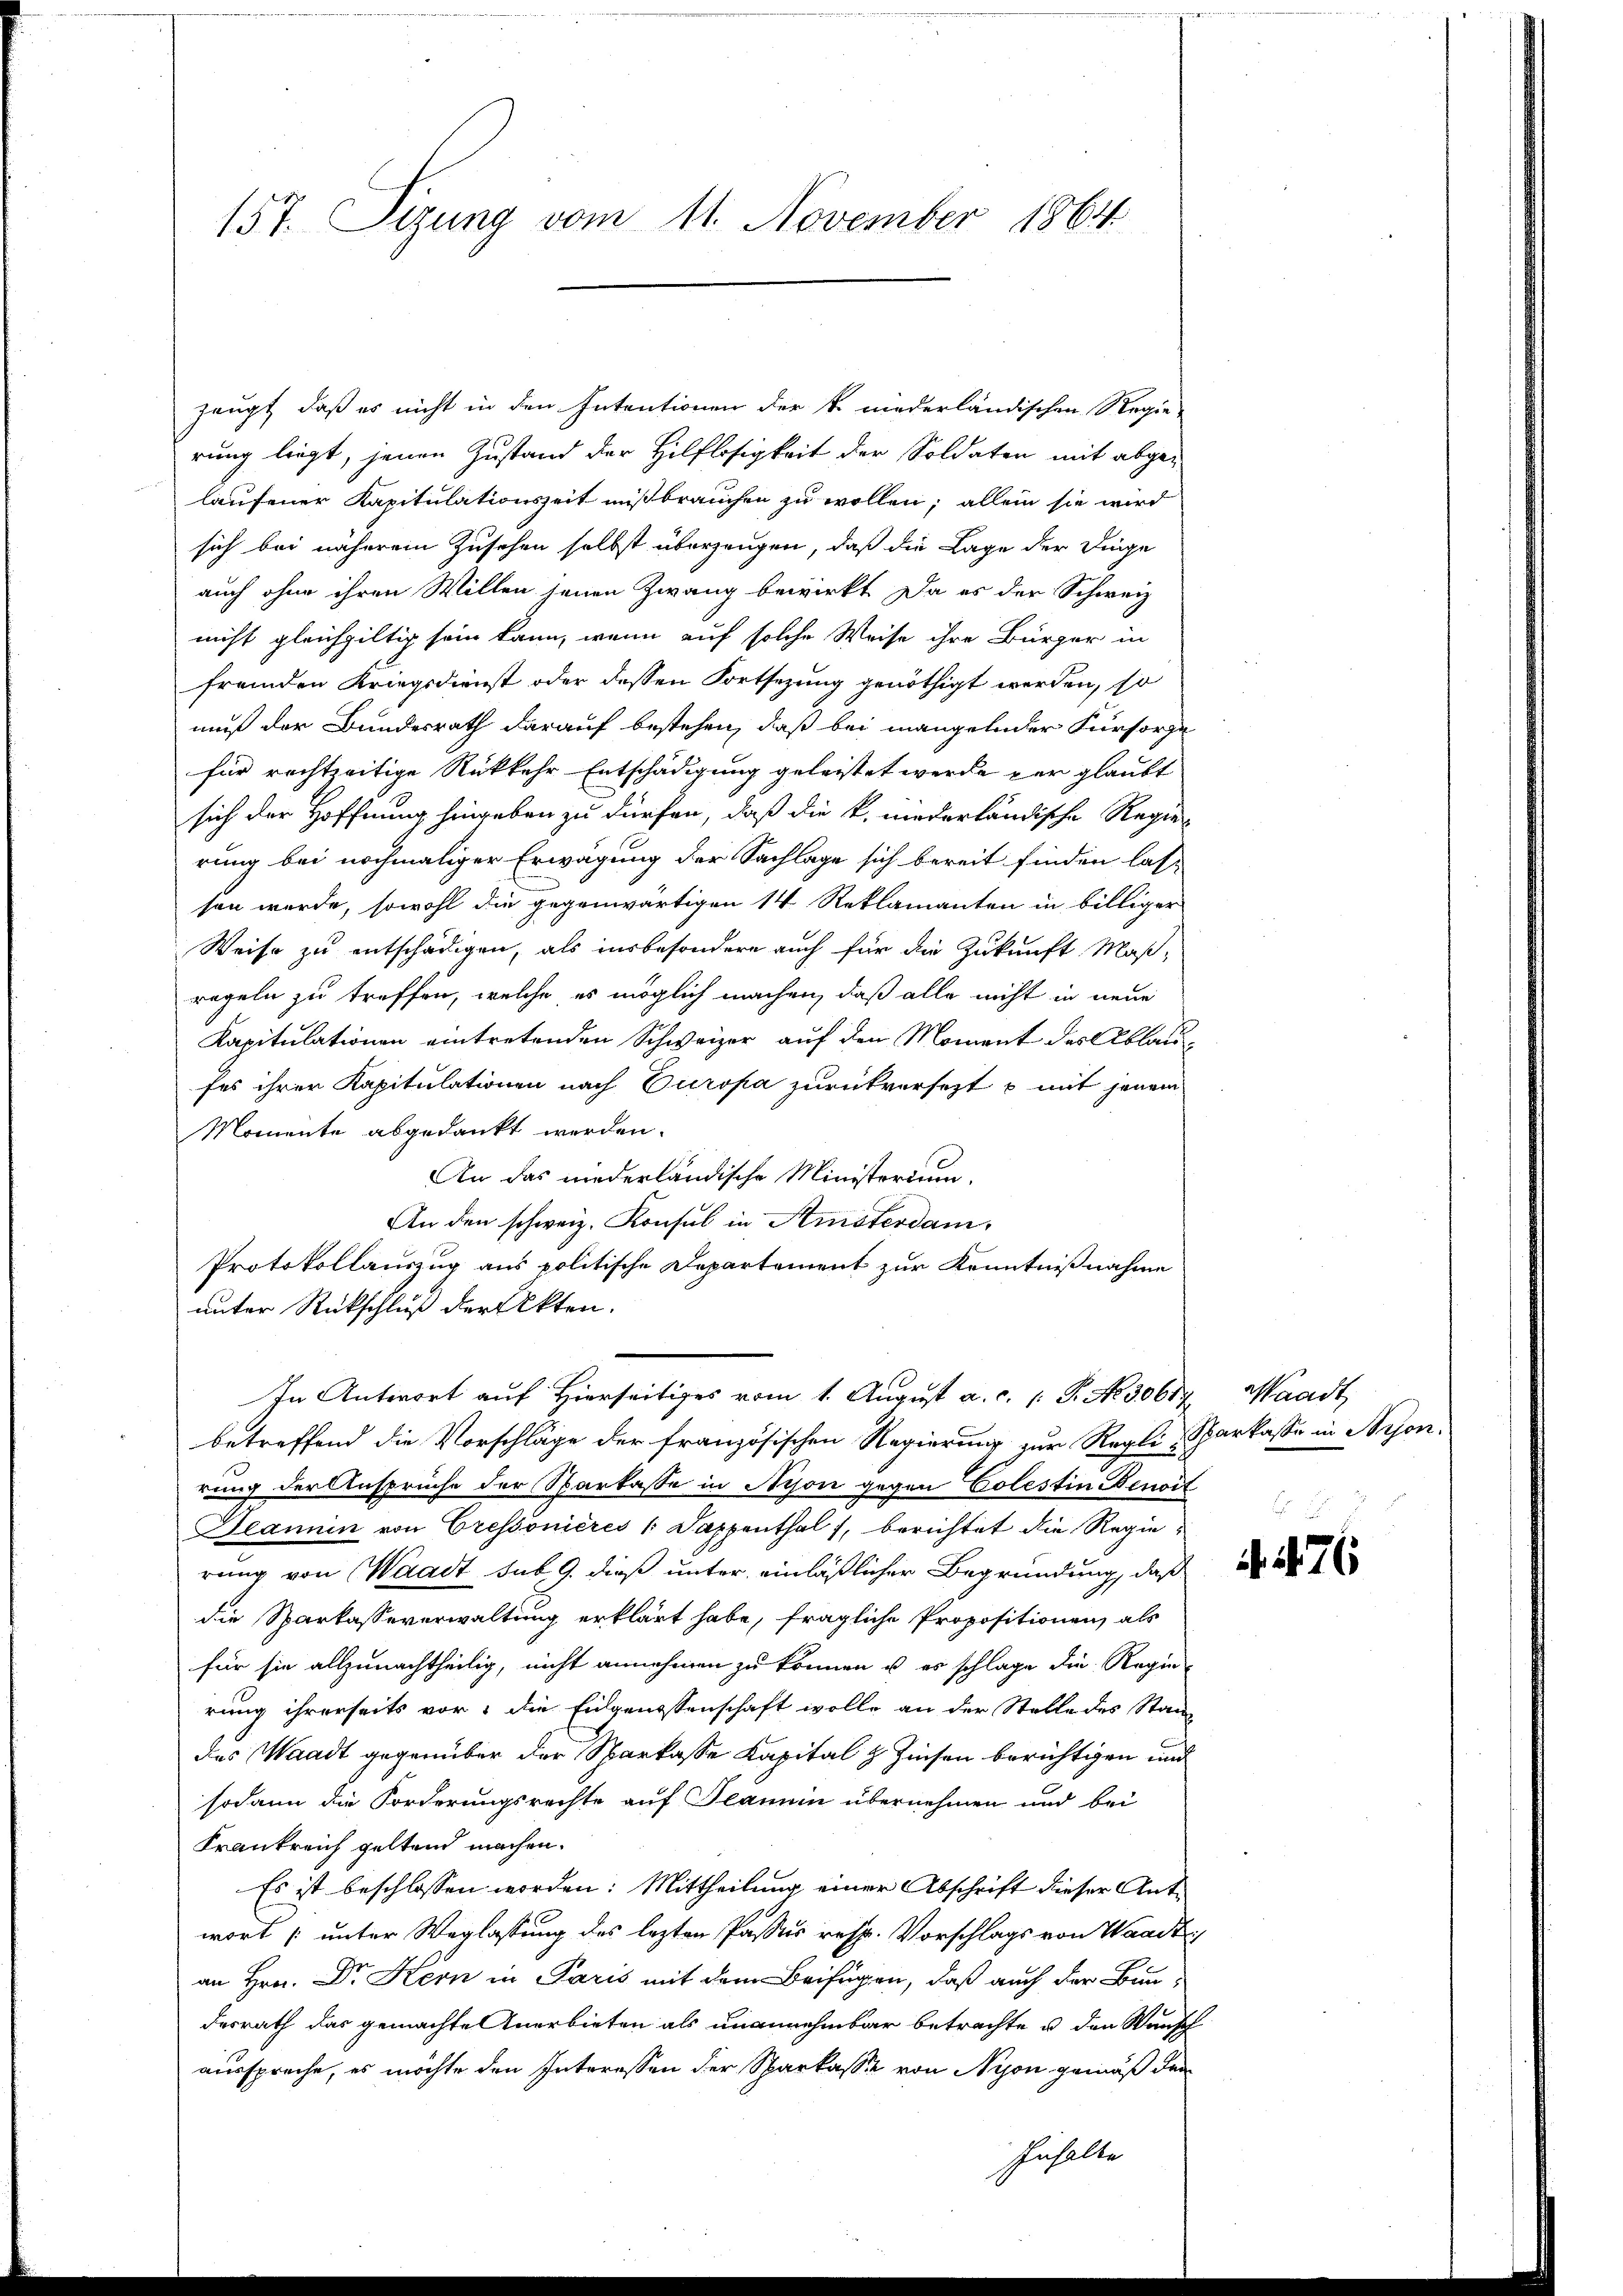
157. Sigung vom 11. November 1864.

zeugt, daß es nicht in den Intentionen der k. niederländischen Regie-
rung liegt, jenen Zustand der Hilflosigkeit der Soldaten mit abgelaufener Kapitulationszeit mißbrauchen zu wollen; allein sie wird
sich bei näherem Zusehen selbst überzeugen, daß die Lage der Dinge
auch ohne ihren Willen jenen Zwang bewirkt Da es der Schweiz
nicht gleichgiltig sein kann, wenn auf solche Weise ihre Bürger in
fremden Kriegsdienst oder dessen Fortsezung genöthigt werden, so
muß der Bundesrath darauf bestehen, daß bei mangelnder Fürsorge
für rechtzeitige Rückkehr Entschädigung geleistet werde per glaubt
sich der Hoffnung hingeben zu dürfen, daß die k. niederländische Regie-
rung bei nochmaliger Erwägung der Sachlage sich bereit finden las-
sen werde, sowohl die gegenwärtigen 14 Reklamanten in billiger
Weise zu entschädigen, als insbesondere auch für die Zukunft Maß-
regeln zu treffen, welche, es möglich machen, daß alle nicht in neue
Kapitulationen eintretenden Schweizer auf den Moment des Ablaufes ihrer Kapitulationen nach Europa zurückversetzt p mit jenem
Momente abgedankt werden.
An das niederländische Ministerium.
An den schweiz. Konsul in Amsterdam,
Protokollauszug aus politische Departement zur Kenntnißnahme
unter Rückschluß der Akten.
In Antwort auf Hierseitiges vom 1. August a. c. l. J. No. 3061
betreffend die Vorschläge der französischen Regierung zur Regli-Sparkasse in Beson-
rung der Ansprüche der Sparkasse in Nison gegen Colestin Benoit
Deannin von Cressonieres (Dappenthal 1, berichtet die Regierung von Waadt, sub. 9. dieß unter einläßlicher Begründung, daß
die Sparkasseverwaltung erklärt habe, fragliche Propositionen, als
für sie allzunachtheilig, nicht annehmen zu können u es schlage die Regierung ihrerseits vor, die Eidgenossenschaft wolle an der Stelle des Standas Waadt gegenüber der Sparkasse Kapital z. Zinsen berichtigen und
sodann die Forderungsrechte auf Planin übernehmen und bei
Frankreich geltend machen.
Es ist beschlossen worden: Mittheilung einer Abschrift dieser Antwort [unter Weglassung des lezten Passus resp. Vorschlags von Waadt
an Hrn. Dr Kern in Paris mit dem Beifügen, daß auch der Bundesrath das gemachte Anerbieten als unannehmbar betrachte u. den Wunsch
ausspreche, es möchte den Interessen der Sparkasse von Nyon gemäß den

Inhalte

Waadt,

d
. 176